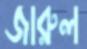
জারুল